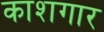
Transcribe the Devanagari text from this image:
काशगार